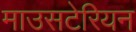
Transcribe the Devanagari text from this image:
माउसटेरियन